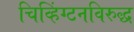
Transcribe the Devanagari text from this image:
चिव्हिंग्टनविरुद्ध